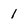
Character: 1